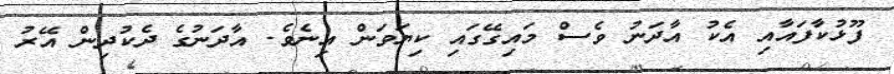
ފޫޅުކާފައާއި އެކު އާދަނު ވެސް މައިގޭގައި ކިޔަވަން އިނެވެ. އާދަނުގެ ދެކުދިން އޭރު